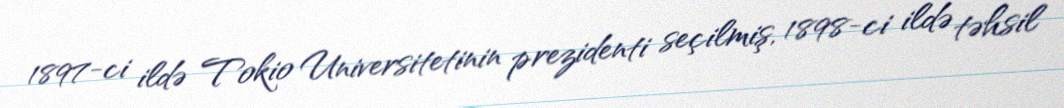
1897-ci ildə Tokio Universitetinin prezidenti seçilmiş, 1898-ci ildə təhsil